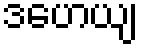
ဒဟေယျ